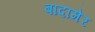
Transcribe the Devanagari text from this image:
बादामेर